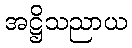
အဋ္ဌိသညာယ